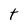
Character: t